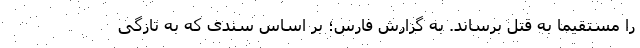
را مستقیما به قتل برساند. به گزارش فارس؛ بر اساس سندی که به تازگی